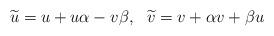
LaTeX: \begin{align*} \widetilde{u}=u+u\alpha -v\beta ,~~\widetilde{v}=v+\alpha v+\beta u\end{align*}